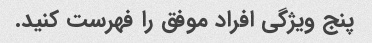
پنج ویژگی افراد موفق را فهرست کنید.